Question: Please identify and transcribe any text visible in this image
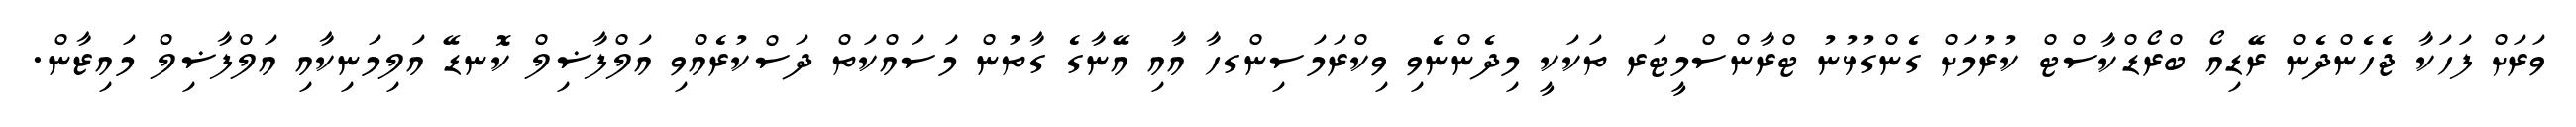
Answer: ވަރަށް ފަހަކާ ޖެހެންދެން ރޭޑިއޯ ބްރޯޑްކާސްޓް ކުރުމަށް ގެންގުޅުނު ޓްރާންސްމީޓަރ ތަކަކީ މިދެންނެވި ވިކްރަމަސިންގހާ އާއި އޭނާގެ ގާތުން މަސައްކަތް ދަސްކުރެއްވި އަލްފާޟިލް ކޮނޑޭ އަލިމަނިކާއި އަލްފާޟިލް މައިޒާން.